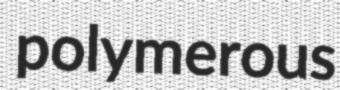
polymerous